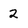
Character: 2